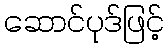
ဆောင်ပုဒ်ဖြင့်